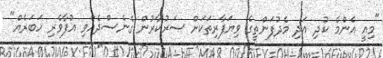
"މިއީ އެންމެ ކުދި އަދި މެދުފަންތީގެ ވިޔަފާރިތަކަށް ސަރުކާރުން ގެނެސްދެއްވި އުފާވެރި ހަބަރެއް"